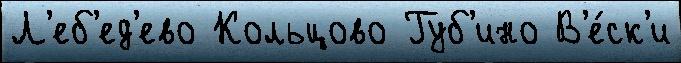
Л'еб'ед'ево Кольцово Губ'ино В'е́ск'и